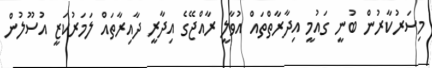
މިސަރުކާރުން ބުނީ ގައުމީ އިދާރާތްތައް އުވާލީ ރާއްޖޭގެ އިދާރީ ދާއިރާތައް ލަމަރުކަޒީ އުސޫލުން